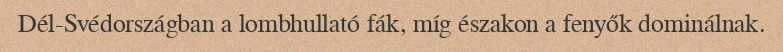
Dél-Svédországban a lombhullató fák, míg északon a fenyők dominálnak.